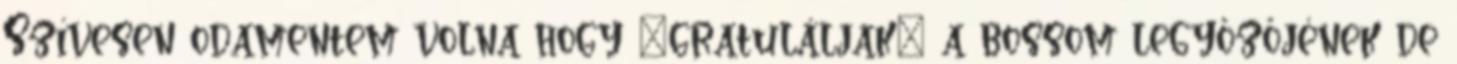
Szívesen odamentem volna hogy „gratuláljak” a bossom legyőzőjének de